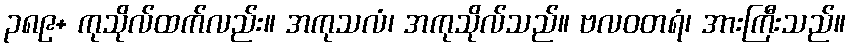
၃၈၉+ ကုသိုလ်ထက်လည်း။ အကုသလံ၊ အကုသိုလ်သည်။ ဗလဝတရံ၊ အားကြီးသည်။